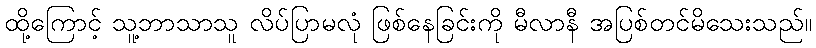
ထို့ကြောင့် သူ့ဘာသာသူ လိပ်ပြာမလုံ ဖြစ်နေခြင်းကို မီလာနီ အပြစ်တင်မိသေးသည်။